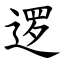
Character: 逻